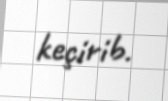
keçirib.